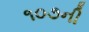
૧૦૭ની